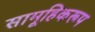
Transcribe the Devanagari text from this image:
सामूहिकरूप